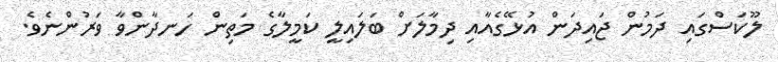
ލޫކަސްގައި ދަމުން ޖައިދަން އުޅޭގެއާއި ދިމާލަށް ބަލައިލީ ކަމީލާގެ މަތިން ހަނދާންވާ ވަރުންނެވެ.